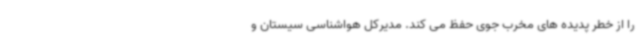
را از خطر پدیده های مخرب جوی حفظ می کند. مدیرکل هواشناسی سیستان و